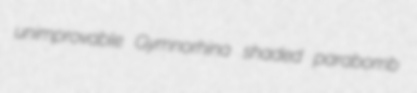
unimprovable Gymnorhina shaded parabomb